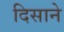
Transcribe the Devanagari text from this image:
दिसाने